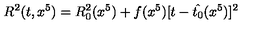
R ^ { 2 } ( t , x ^ { 5 } ) = R _ { 0 } ^ { 2 } ( x ^ { 5 } ) + f ( x ^ { 5 } ) [ t - \hat { t _ { 0 } } ( x ^ { 5 } ) ] ^ { 2 }